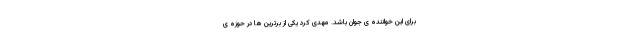
برای این خواننده ی جوان باشد. مهدی کرد یکی از برترین ها در حوزه ی